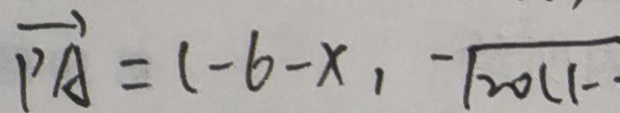
\overrightarrow { P A } = ( - 6 - x , - \sqrt { 2 0 1 1 - }